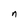
Character: n